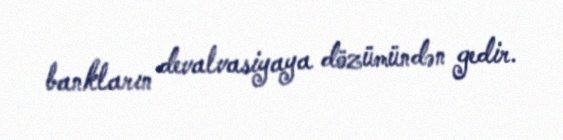
bankların devalvasiyaya dözümündən gedir.